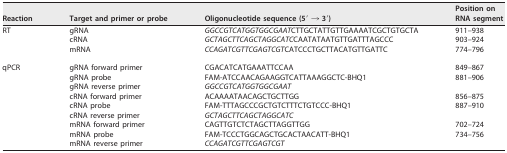
| Reaction | Target and primer or probe | Oligonucleotide sequence (5′ → 3′) | Position on RNA segment |
 | --- | --- | --- | --- |
 | RT | gRNA | GGCCGTCATGGTGGCGAATCTTGCTATTGTTGAAAATCGCTGTGCTA | 911–938 |
 |  | cRNA | GCTAGCTTCAGCTAGGCATCCAATATAATGTTGATTTAGCCC | 903–924 |
 |  | mRNA | CCAGATCGTTCGAGTCGTCATCCCTGCTTACATGTTGATTC | 774–796 |
 | qPCR | gRNA forward primer | CGACATCATGAAATTCCAA | 849–867 |
 |  | gRNA probe | FAM-ATCCAACAGAAGGTCATTAAAGGCTC-BHQ1 | 881–906 |
 |  | gRNA reverse primer | GGCCGTCATGGTGGCGAAT |  |
 |  | cRNA forward primer | ACAAAATAACAGCTGCTTGG | 856–875 |
 |  | cRNA probe | FAM-TTTAGCCCGCTGTCTTTCTGTCCC-BHQ1 | 887–910 |
 |  | cRNA reverse primer | GCTAGCTTCAGCTAGGCATC |  |
 |  | mRNA forward primer | CAGTTGTCTCTAGCTTAGGTTGG | 702–724 |
 |  | mRNA probe | FAM-TCCCTGGCAGCTGCACTAACATT-BHQ1 | 734–756 |
 |  | mRNA reverse primer | CCAGATCGTTCGAGTCGT |  |